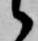
候